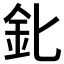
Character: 𨤽